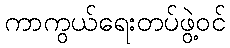
ကာကွယ်ရေးတပ်ဖွဲ့ဝင်